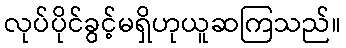
လုပ်ပိုင်ခွင့်မရှိဟုယူဆကြသည်။